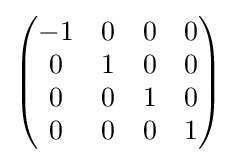
{\textstyle {\begin{pmatrix}-1&0&0&0\\0&1&0&0\\0&0&1&0\\0&0&0&1\end{pmatrix}}}